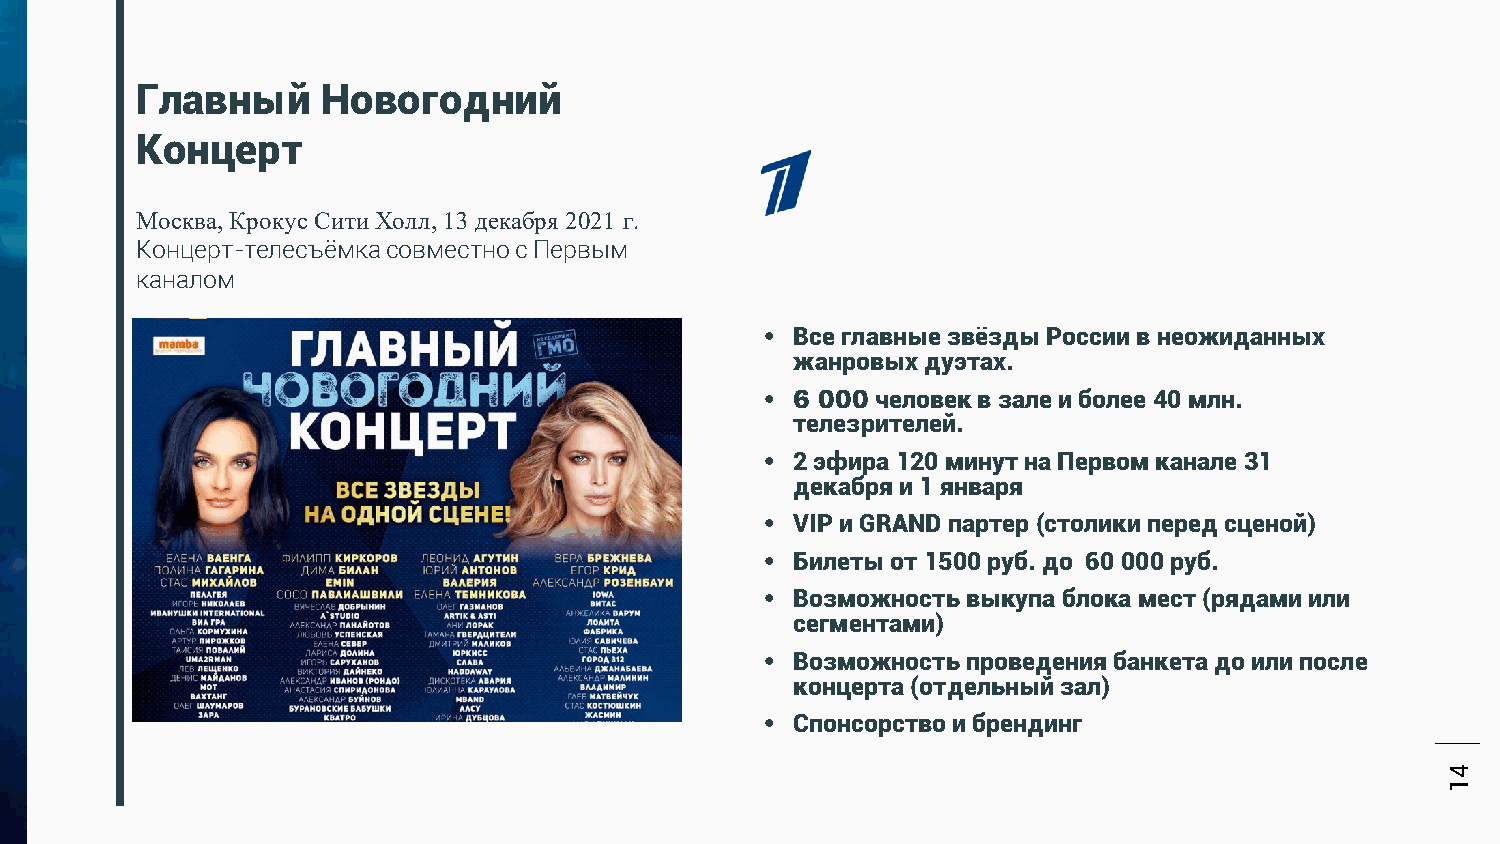
Главный     Новогодний
 Концерт
 Москва, Крокус Сити Холл, 13 декабря 2021 г.
 Концерт-телесъёмка совместно с Первым
 каналом
 • Все главные звёзды России в неожиданных
 жанровых дуэтах.
 • 6 000 человек в зале и более 40 млн.
 телезрителей.
 • 2 эфира 120 минут на Первом канале 31
 декабря и 1 января
 • VIP и GRAND партер (столики перед сценой)
 • Билеты от 1500 руб. до 60 000 руб.
 • Возможность выкупа блока мест (рядами или
 сегментами)
 • Возможность проведения банкета до или после
 концерта (отдельный зал)
 • Спонсорство и брендинг
 ЯИЦПЕЦНОК
 41